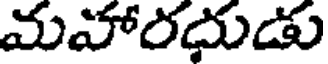
మహారదుడు